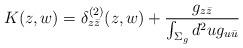
LaTeX: \begin{align*}K(z,w)=\delta_{z\bar z}^{(2)}(z,w)+{g_{z\bar z}\over\int_{\Sigma_g} d^2ug_{u\bar u}}\end{align*}